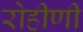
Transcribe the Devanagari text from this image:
रोहीणी